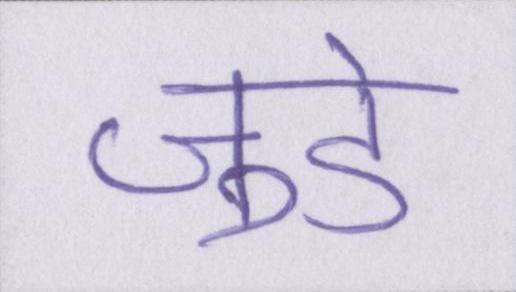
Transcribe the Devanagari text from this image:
जुडे